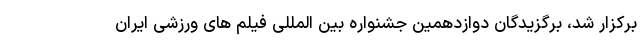
برکزار شد، برگزیدگان دوازدهمین جشنواره بین المللی فیلم های ورزشی ایران